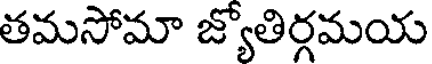
తమసోమా జ్యోతిర్గమయ